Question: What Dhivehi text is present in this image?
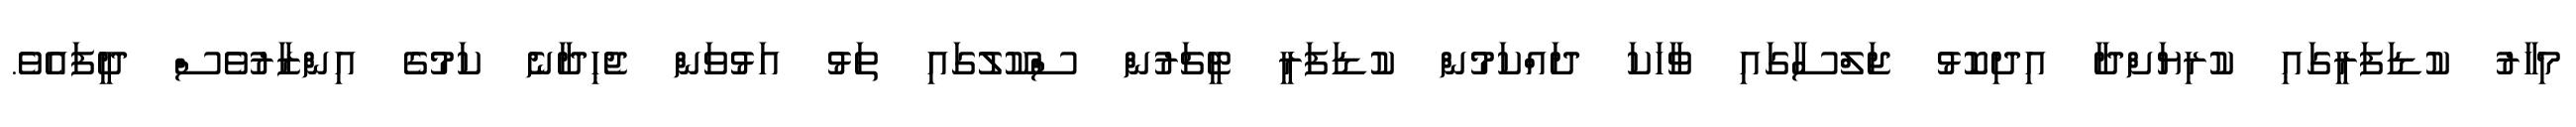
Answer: މިހާރު ކުޑަފަރީގައި ކުރިޔަށްދާ އިދިކޮޅު ޖަލްސާގައި ވާހަކަ ދައްކަމުން ކުޑަފަރީ ޓީޗަރުން ސްކޫލުގައި ތަޅު އަޅުވަން ޖެހިދާނެ ކަމުގެ އިންޒާރުވެސް ދީފައެވެ.